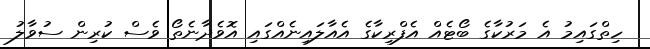
ހިތްގައިމު އެ މަރުކާގެ ބޯޓެއް އެފްރިކާގެ އެއާލައިނެއްގައި އޮވެދާނެތޯ ވެސް ކުރިން ސުވާލު